Vaccination in Burma 1889-1999 - 1889-1999
Year: 1889
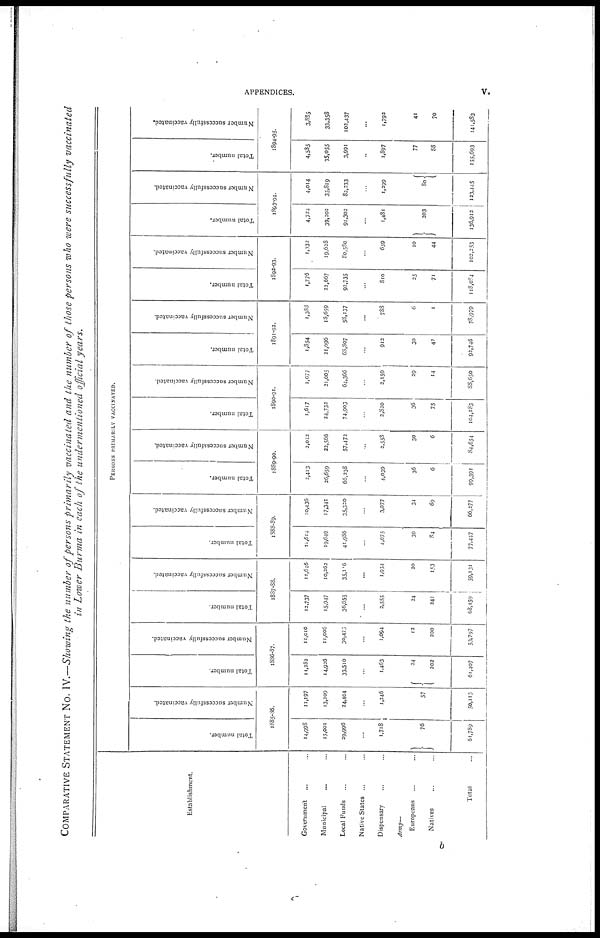
APPENDICES.
v.
COMPARATIVE STATEMENT NO. IV.—Showing the number of persons primarily vaccinated and the number of those persons who were successfully vaccinated
in Lower Burma in each of the undermentioned official years.
Establishment.
Government ... ...
Municipal ... ...
Local Funds ... ...
Native States ... ...
Dispensary ... ...
Army—
Europeans ... ...
Natives ... ...
Total ...
PERSONS PRIMARILY VACCINATED.
Total number.
Number successfully vaccinated.
1885-86.
14,998
15,001
29,996
...
1,718
76
61,789
11,197
13,209
24,404
...
1,246
57
50,113
Total number.
Number successfully vaccinated.
1886-87.
11,282
14,926
33,510
...
1,463
24
202
61,407
11,010
11,006
30,475
...
1,094
12
200
53,797
Total number.
Number successfully vaccinated.
1887-88.
12,737
15,947
36,655
...
2,555
24
241
68,159
11,646
10,262
35,106
...
1,934
20
153
59,131
Total number.
Number successfully vaccinated.
1888-89.
11,614
19,649
44,986
...
4,075
39
84
77,447
10,436
17,341
35,320
...
3,077
34
69
66,277
Total number.
Number successfully vaccinated.
1889-90.
2,413
26,659
66,238
...
4,039
36
6
99,391
2,022
22,566
57,472
...
2,558
30
6
84,654
Total number.
Number successfully vaccinated.
1890-91.
1,617
24,732
74,903
...
2,820
36
75
104,183
1,077
21,005
64,366
...
2,159
29
14
88,650
Total number.
Number successfully vaccinated.
1891-92.
1,854
21,096
68,807
...
912
30
47
92,746
1,388
18,659
58,137
...
788
6
1
78,979
Total number.
Number successfully vaccinated.
1892-93.
1,776
22,667
92,735
...
810
25
71
118,084
1,332
19,628
80,580
...
659
10
44
102,253
Total number.
Number successfully vaccinated.
1893-94.
4,724
39,202
91,302
...
1,481
203
136,912
4,014
35,819
82,233
...
1,299
80
123,445
Total number.
Number successfully vaccinated.
1894-95.
4,585
35,055
3,991
...
1,897
77
88
155,693
3,885
33,358
102,437
...
1,792
41
70
141,583
b